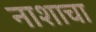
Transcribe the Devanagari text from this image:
नाशाचा